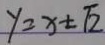
y = x \pm \sqrt { 2 }